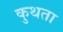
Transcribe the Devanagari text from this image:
कुथता